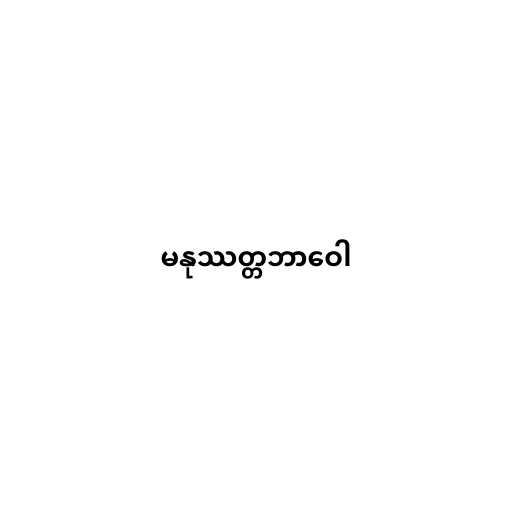
မနုဿတ္တဘာဝေါ